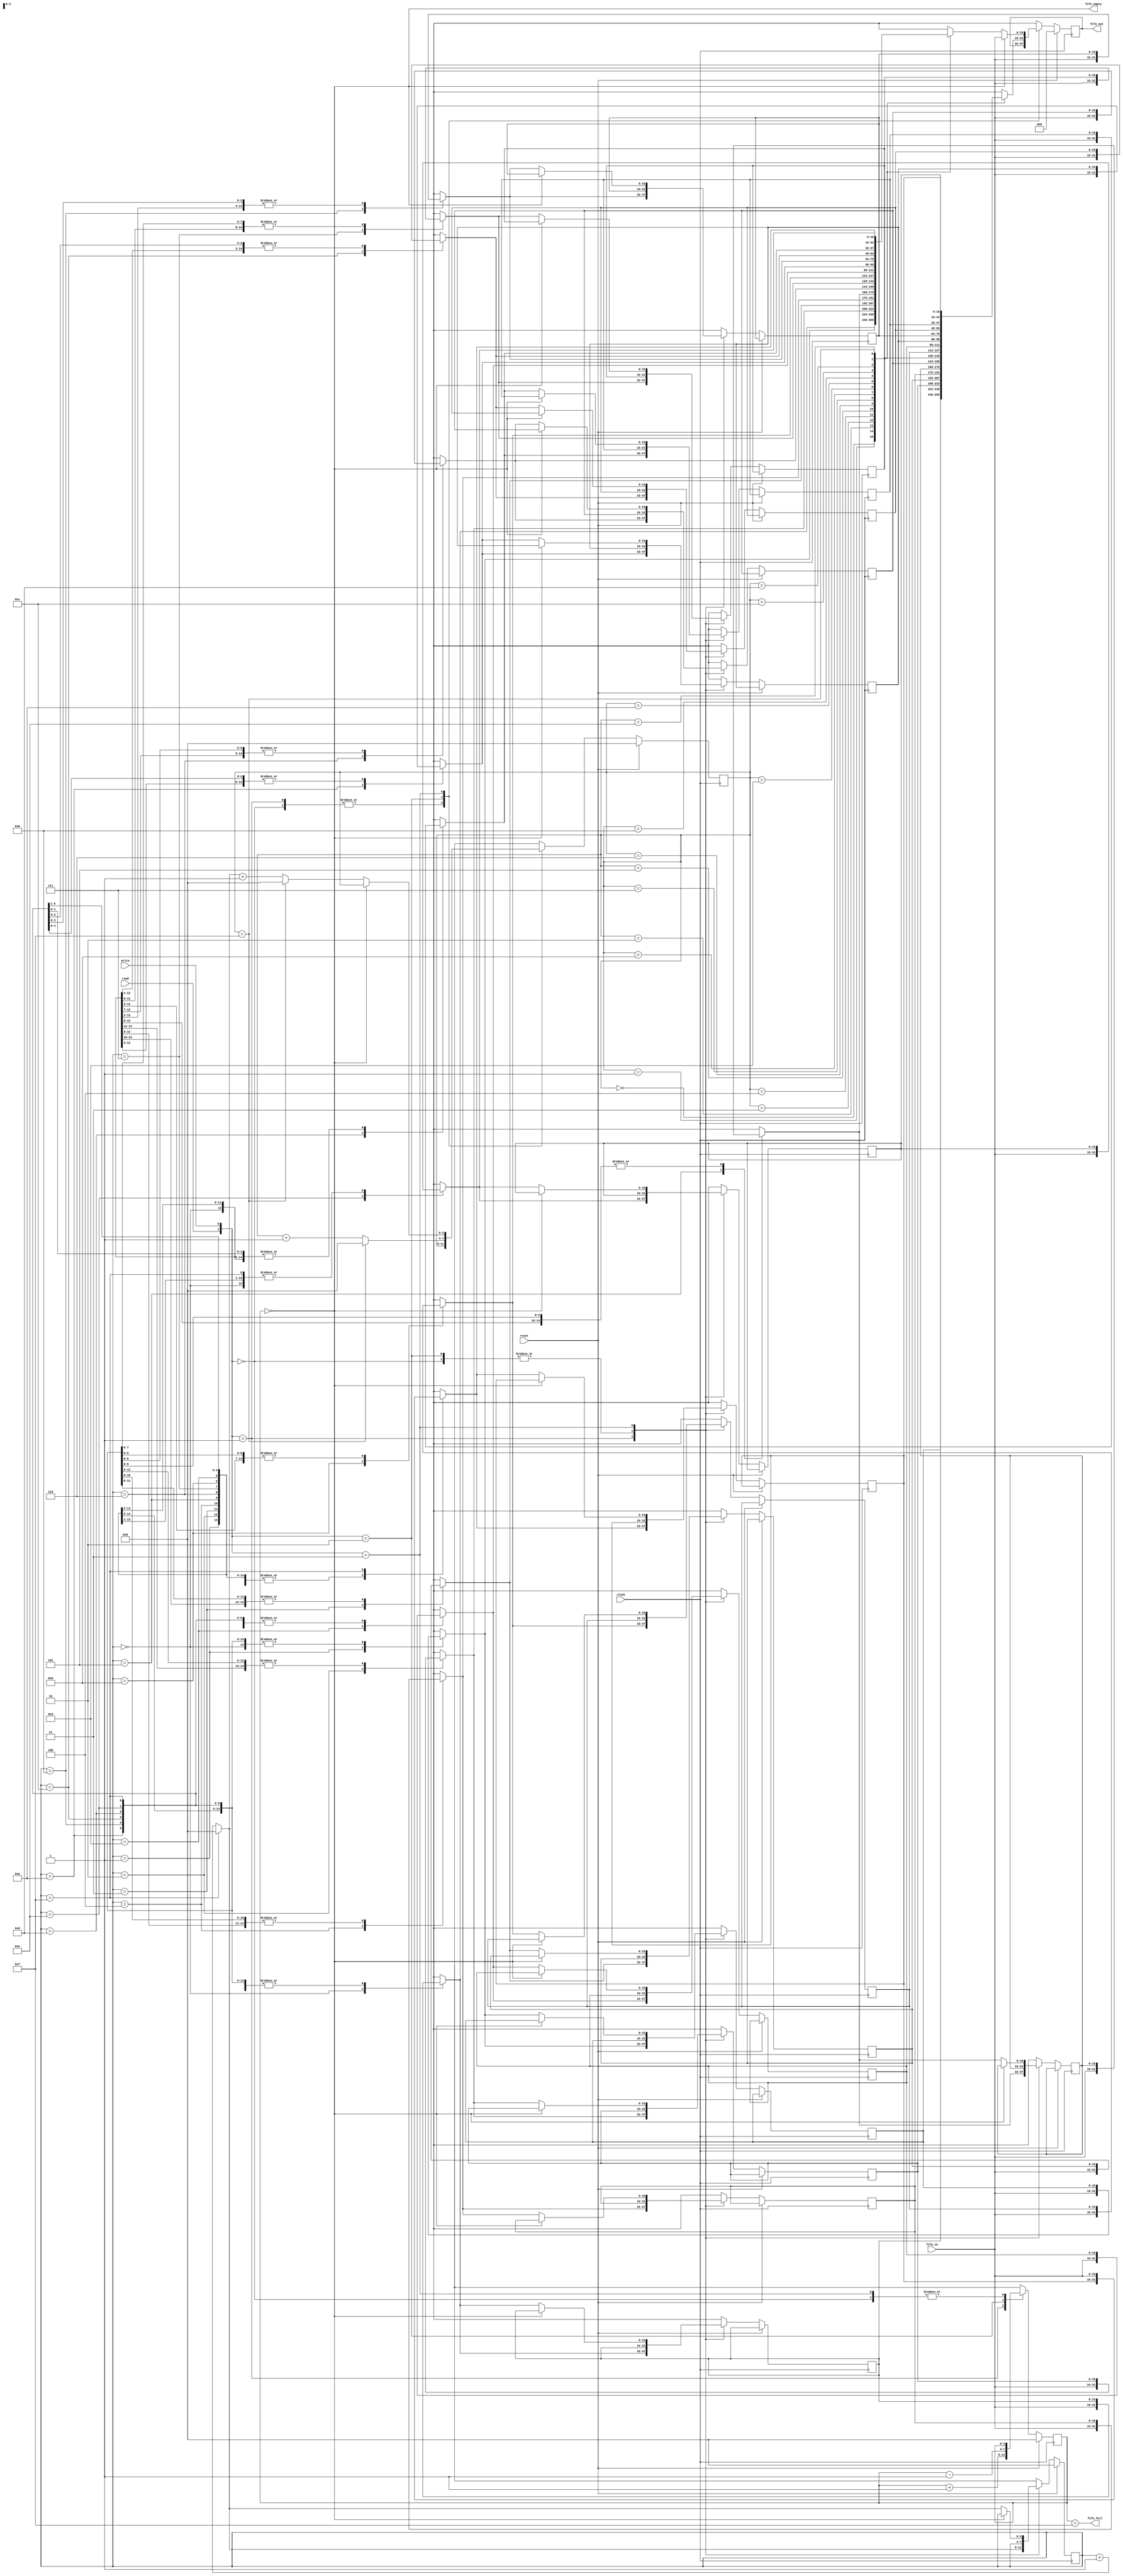
module fifo(clock,reset,read,write,fifo_in,fifo_out,fifo_empty,fifo_full);
    
    input clock,reset,read,write;       // 
    input [15:0]fifo_in;                // FIFO  
    output[15:0]fifo_out;               // FIFO 
    output fifo_empty,fifo_full;        // ,

    reg [15:0]fifo_out;                         // 
    reg [15:0]ram[15:0];                        // 16 16RAM 
    reg [3:0]read_ptr,write_ptr,counter;        //  4 2^4 = 16

    wire fifo_empty,fifo_full;          // ,
  
    always@(posedge clock)    // 
        if(reset)   // Reset FIFO
            begin
                read_ptr = 0; 
                write_ptr = 0;
                counter = 0;
                fifo_out = 0;                    
            end
        else
            case({read,write})  // 
            2'b00:  //
                counter=counter;        
            2'b01:  //FIFO                           
            begin
                ram[write_ptr] = fifo_in;
                counter = counter+1;
                write_ptr = (write_ptr == 15)?0:write_ptr + 1;
            end
            2'b10: //FIFO
            begin
                fifo_out = ram[read_ptr];
                counter = counter - 1;
                read_ptr = (read_ptr == 15)?0:read_ptr + 1;
            end
            2'b11: //
            begin
                if(counter == 0)
                    fifo_out = fifo_in;
                else
                begin
                    ram[write_ptr]=fifo_in;
                    fifo_out=ram[read_ptr];
                    write_ptr=(write_ptr==15)?0:write_ptr+1;
                    read_ptr=(read_ptr==15)?0:write_ptr+1;
                end
            end
        endcase
        
        assign fifo_empty = (counter == 0);    // 
        assign fifo_full = (counter == 15);
        
endmodule